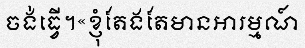
ចង់ធ្វើ។«ខ្ញុំតែងតែមានអារម្មណ៍